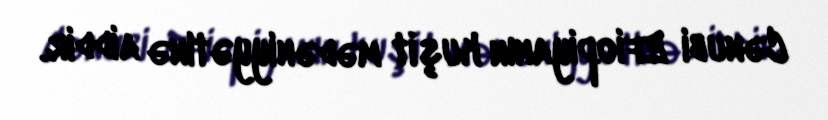
Cənubi Efiopiyanın kuşit mədəniyyətinə aiddir.